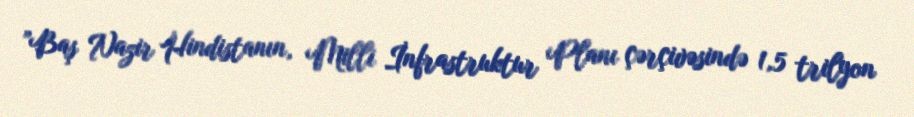
”Baş Nazir Hindistanın, Milli İnfrastruktur Planı çərçivəsində 1,5 trilyon